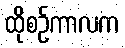
ထိုစဉ်ကာလက